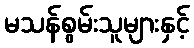
မသန်စွမ်းသူများနှင့်